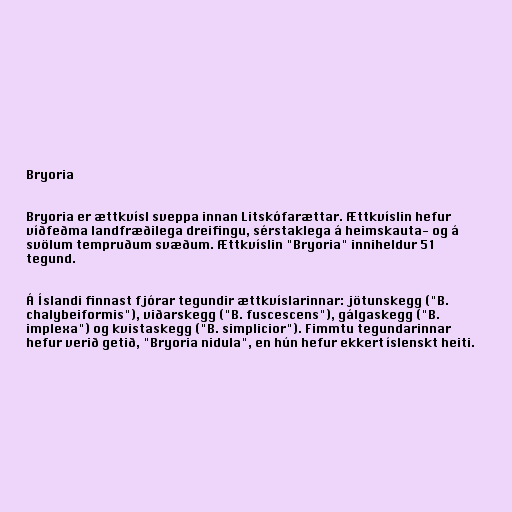
Bryoria

Bryoria er ættkvísl sveppa innan Litskófarættar. Ættkvíslin hefur
víðfeðma landfræðilega dreifingu, sérstaklega á heimskauta- og á
svölum tempruðum svæðum. Ættkvíslin "Bryoria" inniheldur 51
tegund.

Á Íslandi finnast fjórar tegundir ættkvíslarinnar: jötunskegg ("B.
chalybeiformis"), viðarskegg ("B. fuscescens"), gálgaskegg ("B.
implexa") og kvistaskegg ("B. simplicior"). Fimmtu tegundarinnar
hefur verið getið, "Bryoria nidula", en hún hefur ekkert íslenskt heiti.